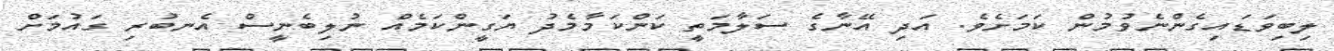
ލިބިވަޑައިގެންނެވުމުން ކަމަށެވެ. އަދި އޭނާގެ ސަލާމަތީ ކަންކަމާމެދު ޔަގީންކަމެއް ނުލިބެނީސް އެނބުރި ގައުމަށް